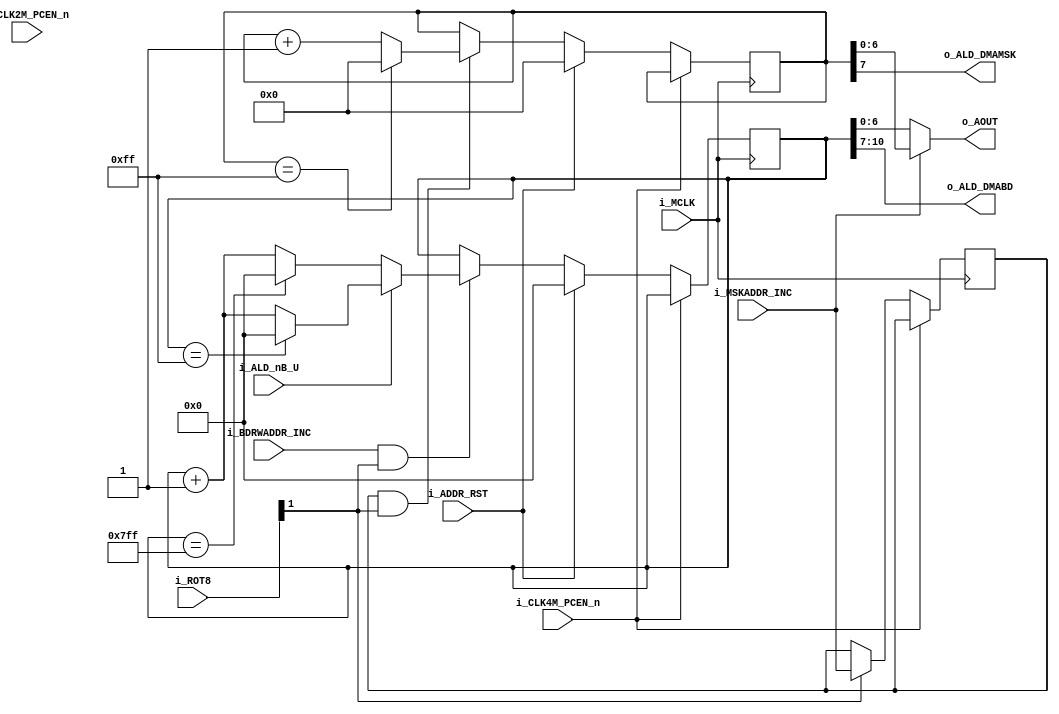
module K005297_dmaaddrcntr
(
    //master clock
    input   wire            i_MCLK,

    //clock enables
    input   wire            i_CLK4M_PCEN_n,
    input   wire            i_CLK2M_PCEN_n,

    //timing
    input   wire    [7:0]   i_ROT8,

    //control
    input   wire            i_ALD_nB_U,
    input   wire            i_ADDR_RST,
    input   wire            i_BDRWADDR_INC,
    input   wire            i_MSKADDR_INC,

    output  wire    [6:0]   o_AOUT, //A7-A1
    output  wire    [3:0]   o_ALD_DMABD, //bubble data
    output  wire            o_ALD_DMAMSK //error map
);



///////////////////////////////////////////////////////////
//////  DMA TX(BUBBLE DATA) ADDRESS COUNTER
////

reg     [10:0]  dmabd_addr_cntr = 11'h000;

always @(posedge i_MCLK) begin
    if(!i_CLK4M_PCEN_n) begin
        if(i_ADDR_RST == 1'b1) begin
            dmabd_addr_cntr <= 11'h000;
        end
        else begin
            if((i_BDRWADDR_INC & i_ROT8[1]) == 1'b1) begin //count up
                if(i_ALD_nB_U == 1'b0) begin //bootloader
                    if(dmabd_addr_cntr == 11'h7FF) begin
                        dmabd_addr_cntr <= 11'h000;
                    end
                    else begin
                        dmabd_addr_cntr <= dmabd_addr_cntr + 11'h001;
                    end
                end
                else begin //user pages
                    if(dmabd_addr_cntr == 11'h0FF) begin
                        dmabd_addr_cntr <= 11'h000;
                    end
                    else begin
                        dmabd_addr_cntr <= dmabd_addr_cntr + 11'h001;
                    end
                end
            end
            else begin
                dmabd_addr_cntr <= dmabd_addr_cntr;
            end
        end
    end
end



///////////////////////////////////////////////////////////
//////  DMA RX(ERROR MAP) ADDRESS COUNTER
////

//mskaddr inc latch(why?)
reg             mskaddr_inc_latched;
always @(posedge i_MCLK) begin
    if(!i_CLK4M_PCEN_n) begin
        if(i_ROT8[1] == 1'b1) begin //D-latch latches this at ROT8[2] == 1'b1;
            mskaddr_inc_latched <= i_MSKADDR_INC;
        end
    end
end

//address counter
reg     [7:0]  dmamsk_addr_cntr = 8'h00;

always @(posedge i_MCLK) begin
    if(!i_CLK4M_PCEN_n) begin
        if(i_ADDR_RST == 1'b1) begin
            dmamsk_addr_cntr <= 8'h00;
        end
        else begin
            if((mskaddr_inc_latched & i_ROT8[1]) == 1'b1) begin //count up
                if(dmamsk_addr_cntr == 8'hFF) begin
                    dmamsk_addr_cntr <= 8'h00;
                end
                else begin
                    dmamsk_addr_cntr <= dmamsk_addr_cntr + 8'h01;
                end
            end
            else begin
                dmamsk_addr_cntr <= dmamsk_addr_cntr;
            end
        end
    end
end



///////////////////////////////////////////////////////////
//////  OUTPUTS
////

assign  o_AOUT = (i_MSKADDR_INC == 1'b0) ? dmabd_addr_cntr[6:0] : dmamsk_addr_cntr[6:0];
assign  o_ALD_DMABD = dmabd_addr_cntr[10:7];
assign  o_ALD_DMAMSK = dmamsk_addr_cntr[7];



endmodule